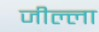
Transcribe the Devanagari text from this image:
जील्ला